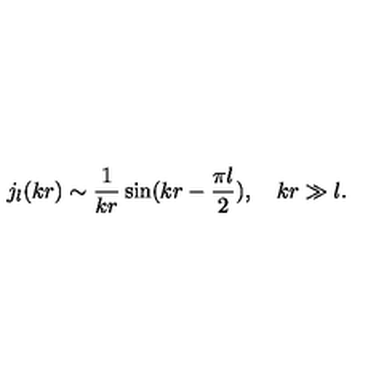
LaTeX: j _ { l } ( k r ) \sim \frac { 1 } { k r } \sin ( k r - \frac { \pi l } { 2 } ) , \quad k r \gg l .